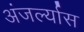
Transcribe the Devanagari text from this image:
अंजर्ल्यास